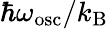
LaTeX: \hbar\omega_{\mathrm{osc}}/k_{\mathrm{B}}